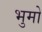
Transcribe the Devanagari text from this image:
भुमो